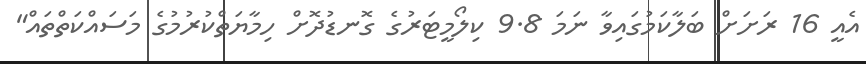
އެއީ 16 ރަށަށް ބަލާކަމުގައިވާ ނަމަ 9.8 ކިލޯމީޓަރުގެ ގޮނޑުދޮށް ހިމާޔަތްކުރުމުގެ މަސައްކަތްތައް"